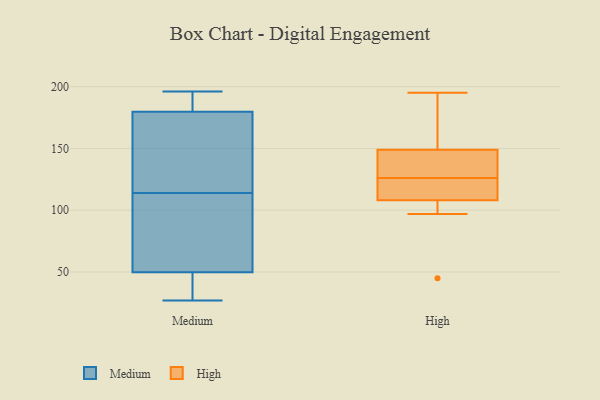
{"axis": {"x": "Page Views", "y": "Value"}, "legend": ["High", "Medium"], "data": [{"x": "", "y": 85, "type": "Medium"}, {"x": "", "y": 196, "type": "Medium"}, {"x": "", "y": 50, "type": "Medium"}, {"x": "", "y": 133, "type": "Medium"}, {"x": "", "y": 123, "type": "Medium"}, {"x": "", "y": 59, "type": "Medium"}, {"x": "", "y": 175, "type": "Medium"}, {"x": "", "y": 49, "type": "Medium"}, {"x": "", "y": 44, "type": "Medium"}, {"x": "", "y": 114, "type": "Medium"}, {"x": "", "y": 194, "type": "Medium"}, {"x": "", "y": 27, "type": "Medium"}, {"x": "", "y": 195, "type": "Medium"}, {"x": "", "y": 179, "type": "High"}, {"x": "", "y": 97, "type": "High"}, {"x": "", "y": 108, "type": "High"}, {"x": "", "y": 146, "type": "High"}, {"x": "", "y": 126, "type": "High"}, {"x": "", "y": 150, "type": "High"}, {"x": "", "y": 45, "type": "High"}, {"x": "", "y": 127, "type": "High"}, {"x": "", "y": 118, "type": "High"}, {"x": "", "y": 195, "type": "High"}, {"x": "", "y": 108, "type": "High"}]}